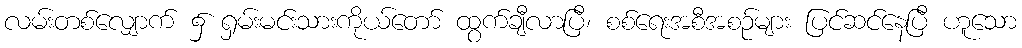
လမ်းတစ်လျှောက် ၌ ရှမ်းမင်းသားကိုယ်တော် ထွက်ချီလာပြီ၊ စစ်ရေးအစီအစဉ်များ ပြင်ဆင်နေပြီ ဟူသော